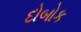
દોબોક